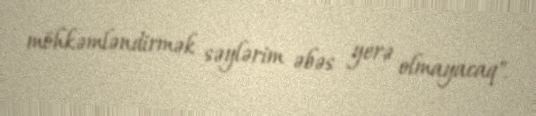
möhkəmləndirmək səylərim əbəs yerə olmayacaq".